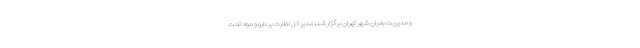
و مدیریت بحران شهر تهران برگزار شد، مدیر کل نظارت بر دارو و مواد تحت